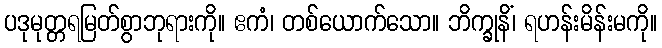
ပဒုမုတ္တရမြတ်စွာဘုရားကို။ ဧကံ၊ တစ်ယောက်သော။ ဘိက္ခုနိံ၊ ရဟန်းမိန်းမကို။